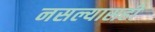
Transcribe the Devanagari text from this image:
नसल्यासही